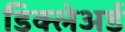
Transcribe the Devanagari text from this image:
डिक्‍लेअर्ड